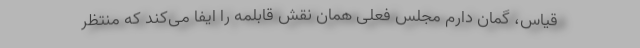
قیاس، گمان دارم مجلس فعلی همان نقش قابلمه را ایفا می‌کند که منتظر